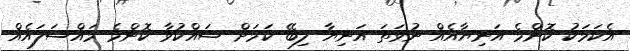
އެކަމަކު ކޮންމެ އަނިޔާއެއް ނުވަތަ އަނިޔާ ލިބޭ ކަމަށް ޝައްކުވާ ކޮންމެ މައްސަލައެއް